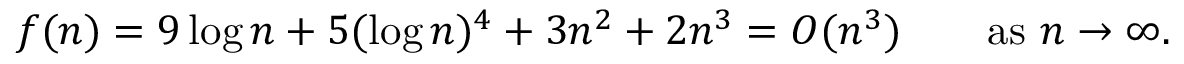
f ( n ) = 9 \log n + 5 ( \log n ) ^ { 4 } + 3 n ^ { 2 } + 2 n ^ { 3 } = O ( n ^ { 3 } ) \qquad { \mathrm { a s ~ } } n \to \infty .